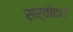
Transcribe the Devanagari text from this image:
सर्वोदयं